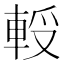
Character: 𨋻